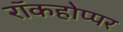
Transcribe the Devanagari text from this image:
रॉकहोप्पर